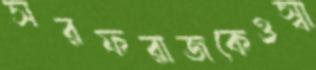
সরফরাজকেওস্বা